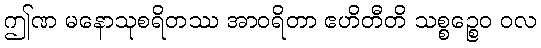
ဤဏ မနောသုစရိတဿ အာဝရိတာ ဧဟိတီတိ သစ္စဉ္စေဝ ဝလ